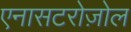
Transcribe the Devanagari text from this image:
एनासटरोज़ोल